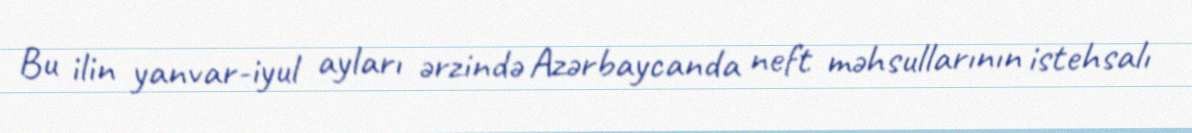
Bu ilin yanvar-iyul ayları ərzində Azərbaycanda neft məhsullarının istehsalı